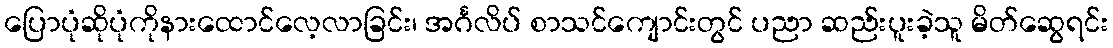
ပြောပုံဆိုပုံကိုနားထောင်လေ့လာခြင်း၊ အင်္ဂလိပ် စာသင်ကျောင်းတွင် ပညာ ဆည်းပူးခဲ့သူ မိတ်ဆွေရင်း